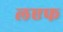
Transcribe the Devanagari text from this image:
लएफ